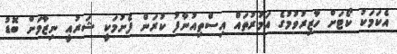
އެކަމަކު ކޯޓަށް ހާޒިރުވުމުގެ އަމުރުތައް އިސްތިއުނާފު ކުރަން ފެށުމަކީ ޝަރުއީ ނިޒާމަށް ބޮޑު